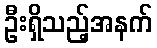
ဦးရှိသည့်အနက်